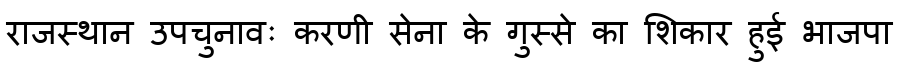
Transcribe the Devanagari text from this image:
राजस्थान उपचुनावः करणी सेना के गुस्से का शिकार हुई भाजपा